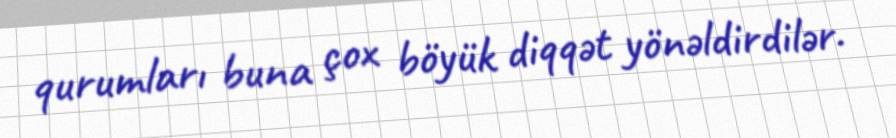
qurumları buna çox böyük diqqət yönəldirdilər.